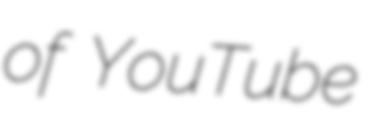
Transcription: of YouTube